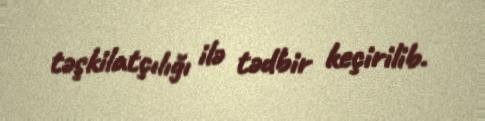
təşkilatçılığı ilə tədbir keçirilib.